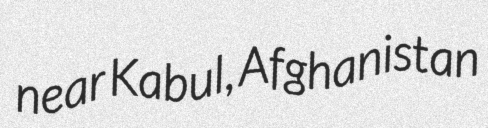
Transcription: near Kabul, Afghanistan